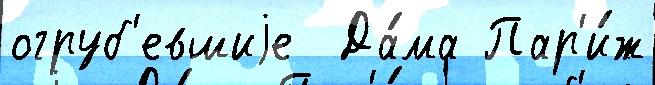
огруб'евшиjе  Да́ма Пар'и́ж